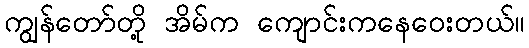
ကျွန်တော်တို့ အိမ်က ကျောင်းကနေဝေးတယ်။